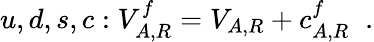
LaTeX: u,d,s,c:V_{A,R}^{f}=V_{A,R}+c_{A,R}^{f}\; \; .